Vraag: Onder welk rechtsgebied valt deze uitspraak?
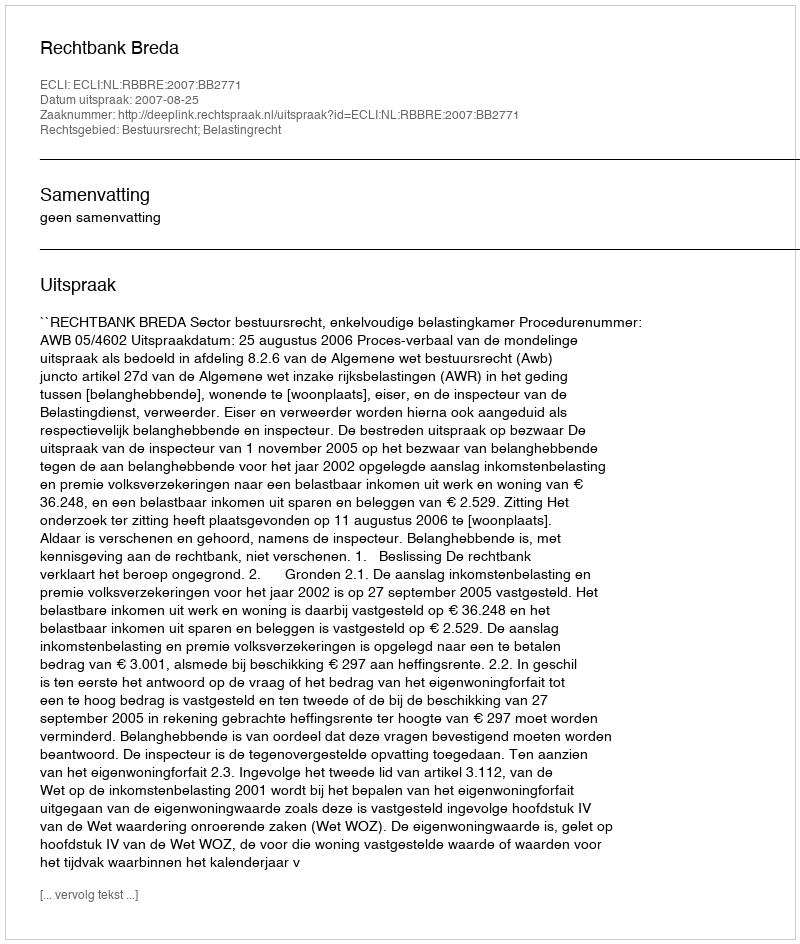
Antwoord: Bestuursrecht; Belastingrecht